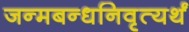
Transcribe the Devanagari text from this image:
जन्मबन्धनिवृत्यर्थं